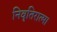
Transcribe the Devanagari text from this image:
निवृतिरात्मा